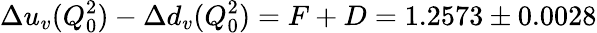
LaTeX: \Delta u_{v}(Q_{0}^{2})-\Delta d_{v}(Q_{0}^{2})=F+D=1.2573\pm 0.0028